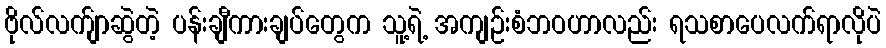
ဗိုလ်လက်ျာဆွဲတဲ့ ပန်းချီကားချပ်တွေက သူ့ရဲ့ အကျဉ်းစံဘဝဟာလည်း ရသစာပေလက်ရာလိုပဲ